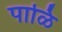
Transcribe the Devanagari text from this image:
पाळि